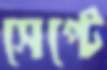
সেপ্টে